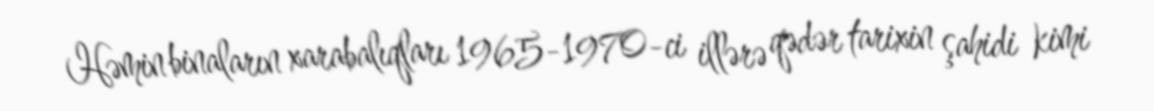
Həmin binaların xarabalıqları 1965-1970-ci illərə qədər tarixin şahidi kimi